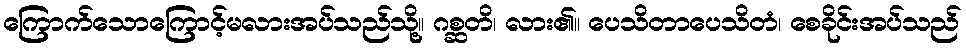
ကြောက်သောကြောင့်မလားအပ်သည်သို့။ ဂစ္ဆတိ၊ လား၏။ ပေသိတာပေသိတံ၊ စေခိုင်းအပ်သည်